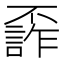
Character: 𠁙